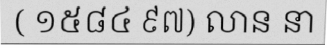
( ១៥៨៤ ៩៧) លាន នា